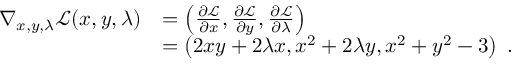
{ \begin{array} { r l } { \nabla _ { x , y , \lambda } { \mathcal { L } } ( x , y , \lambda ) } & { = \left( { \frac { \partial { \mathcal { L } } } { \partial x } } , { \frac { \partial { \mathcal { L } } } { \partial y } } , { \frac { \partial { \mathcal { L } } } { \partial \lambda } } \right) } \\ & { = \left( 2 x y + 2 \lambda x , x ^ { 2 } + 2 \lambda y , x ^ { 2 } + y ^ { 2 } - 3 \right) ~ . } \end{array} }